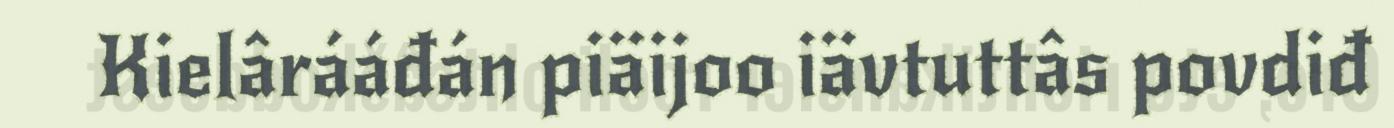
Kielârááđán piäijoo iävtuttâs povdiđ